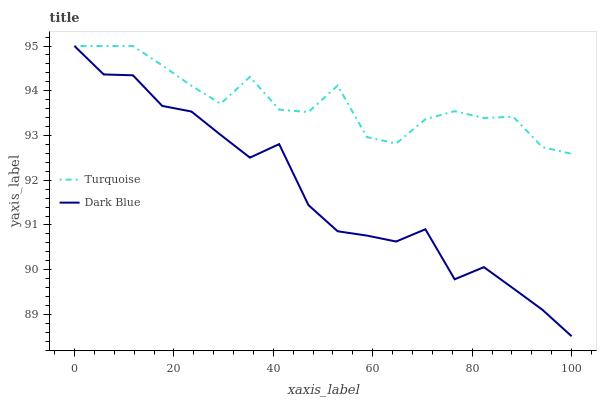
| xaxis_label | Turquoise | Dark Blue |
 | --- | --- | --- |
 | 0 | 95 | 95 |
 | 5.88 | 95 | 94.4 |
 | 11.8 | 95 | 94.3 |
 | 17.6 | 94.6 | 93.7 |
 | 23.5 | 94.1 | 93.5 |
 | 29.4 | 93.7 | 93 |
 | 35.3 | 94.3 | 92.5 |
 | 41.2 | 93.6 | 92.8 |
 | 47.1 | 93.5 | 91.4 |
 | 52.9 | 94.1 | 90.9 |
 | 58.8 | 93 | 90.8 |
 | 64.7 | 92.8 | 90.6 |
 | 70.6 | 93.4 | 90.9 |
 | 76.5 | 93.5 | 89.8 |
 | 82.4 | 93.4 | 90.1 |
 | 88.2 | 93.4 | 89.6 |
 | 94.1 | 92.7 | 89.1 |
 | 100 | 92.6 | 88.5 |